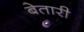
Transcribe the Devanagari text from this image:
बेतारी